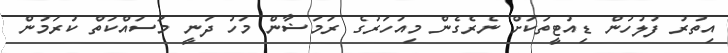
އިތުރު ފުލުހުން ޑިއުޓީތަކަށް ނެރެގެން މިއަހަރުގެ ރަމަޟާން މަހު ދަނީ މަސައްކަތް ކުރަމުން